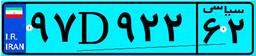
۹۷D۹۲۲۶۲